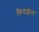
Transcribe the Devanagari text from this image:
विनाईल